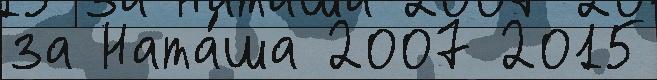
за Ната́ша 2007 2015